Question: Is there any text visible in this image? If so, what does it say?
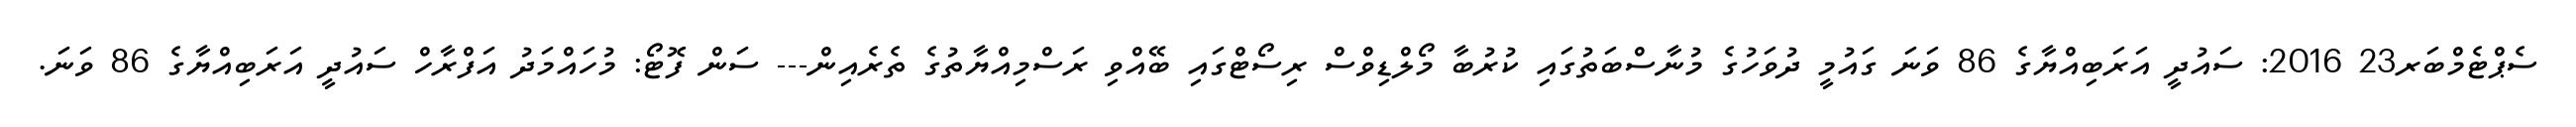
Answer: ސެޕްޓެމްބަރ23 2016: ސައުދީ އަރަބިއްޔާގެ 86 ވަނަ ގައުމީ ދުވަހުގެ މުނާސްބަތުގައި ކުރުބާ މޯލްޑިވްސް ރިސޯޓްގައި ބޭއްވި ރަސްމިއްޔާތުގެ ތެރެއިން--- ސަން ފޮޓޯ: މުހައްމަދު އަފްރާހް ސައުދީ އަރަބިއްޔާގެ 86 ވަނަ.